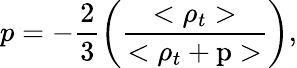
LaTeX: p=-\frac{2}{3}\left(\frac{<\rho_{t}>}{<\rho_{t}+\mathrm{p}>}\right),